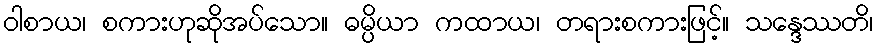
ဝါစာယ၊ စကားဟုဆိုအပ်သော။ ဓမ္ပိယာ ကထာယ၊ တရားစကားဖြင့်။ သန္ဒေဿတိ၊